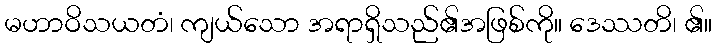
မဟာဝိသယတံ၊ ကျယ်သော အရာရှိသည်၏အဖြစ်ကို။ ဒေဿတိ၊ ၏။